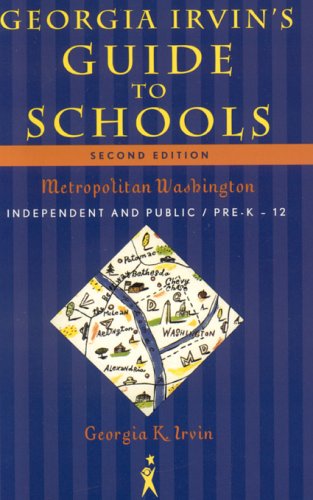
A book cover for Georgia Irvin's Guide to Schools: Metropolitan Washington, Independent and Public / Pre-K through 12 (Georgia Irvin's Guide to Schools: Selected Independent); Georgia K. Irvin; Test Preparation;